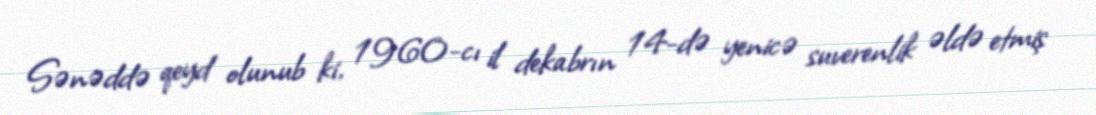
Sənəddə qeyd olunub ki, 1960-cı il dekabrın 14-də yenicə suverenlik əldə etmiş